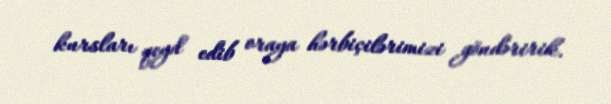
kursları qeyd edib oraya hərbiçilərimizi göndəririk.